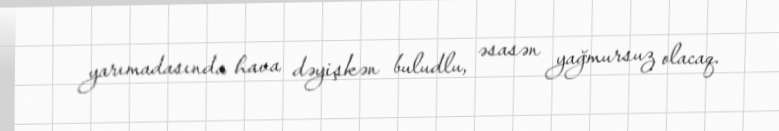
yarımadasında hava dəyişkən buludlu, əsasən yağmursuz olacaq.